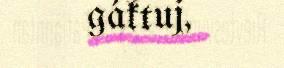
gáktuj,